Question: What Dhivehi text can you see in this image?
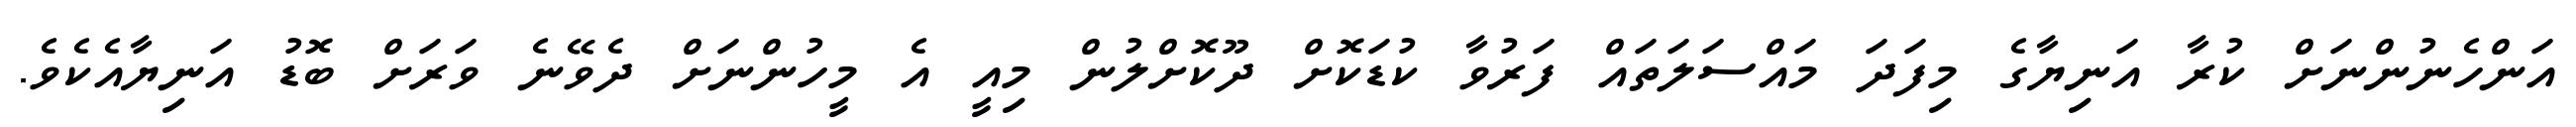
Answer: އަންހެނުންނަށް ކުރާ އަނިޔާގެ މިފަދަ މައްސަލަތައް ފަރުވާ ކުޑަކޮށް ދޫކޮށްލުން މިއީ އެ މީހުންނަށް ދެވޭނެ ވަރަށް ބޮޑު އަނިޔާއެކެވެ.